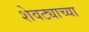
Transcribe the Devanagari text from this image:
शेवट्याच्या